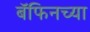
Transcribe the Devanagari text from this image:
बॅफिनच्या